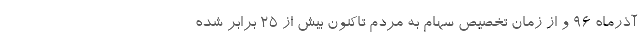
آذرماه ۹۶ و از زمان تخصیص سهام به مردم تاکنون بیش از ۲۵ برابر شده